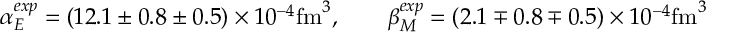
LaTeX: \alpha _ { E } ^ { e x p } = ( 1 2 . 1 \pm 0 . 8 \pm 0 . 5 ) \times 1 0 ^ { - 4 } \mathrm { f m } ^ { 3 } , \qquad \beta _ { M } ^ { e x p } = ( 2 . 1 \mp 0 . 8 \mp 0 . 5 ) \times 1 0 ^ { - 4 } \mathrm { f m } ^ { 3 }